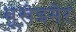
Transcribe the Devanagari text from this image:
बूखेइमेर